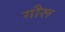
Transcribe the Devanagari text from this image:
गौरू